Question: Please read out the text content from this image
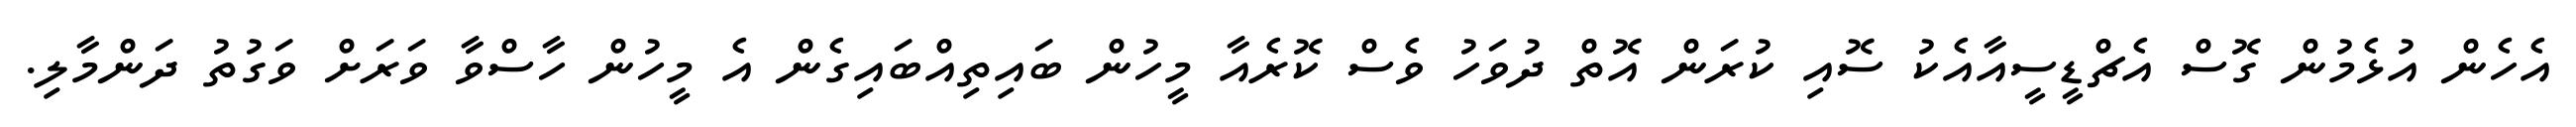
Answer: އެހެން އުޅެމުން ގޮސް އެޗްޑީސީއާއެކު ސޮއި ކުރަން އޮތް ދުވަހު ވެސް ކޮރެއާ މީހުން ބައިތިއްބައިގެން އެ މީހުން ހާސްވާ ވަރަށް ވަގުތު ދަންމާލި.